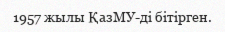
1957 жылы ҚазМУ-ді бітірген.